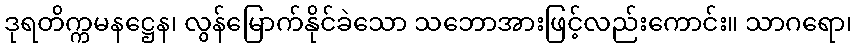
ဒုရတိက္ကမနဋ္ဌေန၊ လွန်မြောက်နိုင်ခဲသော သဘောအားဖြင့်လည်းကောင်း။ သာဂရော၊